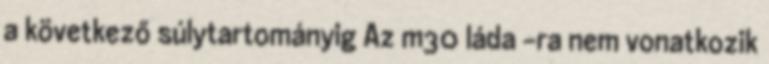
a következő súlytartományig Az m30 láda -ra nem vonatkozik